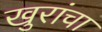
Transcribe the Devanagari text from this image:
खुरांचा